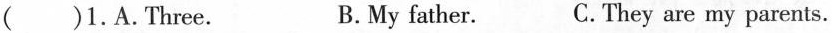
( )1.A.Three. B.My father. C.They are my parents.